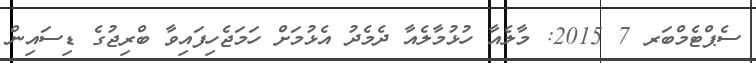
ސެޕްޓެމްބަރ 7 2015: މާލެއާ ހުޅުމާލެއާ ދެމެދު އެޅުމަށް ހަމަޖެހިފައިވާ ބްރިޖުގެ ޑިސައިން